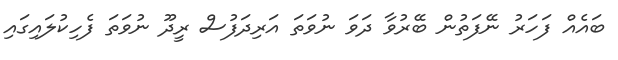
ބައެއް ފަހަރު ނޭފަތުން ބޭރުވާ ދަވަ ނުވަތަ އަރިދަފުސް ރީދޫ ނުވަތަ ފެހިކުލައިގައި